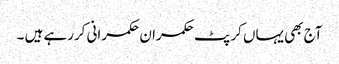
آج بھی یہاں کرپٹ حکمران حکمرانی کررہے ہیں ۔